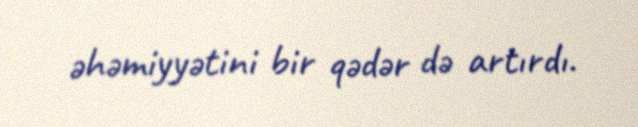
əhəmiyyətini bir qədər də artırdı.